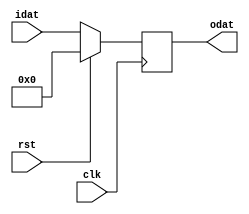
//////////////////////////////////////////////////////////////////////////////////
//
//  Hung's Technologies
//
// Description     : variable size flip flop
//
// History (Date, Changed By)
// Thu Aug 09 11:21:02 2018, NGUYEN@WIN-1B3KG57AJQF change to sync ffx
//
//////////////////////////////////////////////////////////////////////////////////
module fflopx
    (
     clk,
     rst,
     idat,
     odat
     );

parameter WIDTH = 8;
parameter RESET_VALUE = {WIDTH{1'b0}};

input   clk, rst;

input  [WIDTH-1:0] idat;

output [WIDTH-1:0] odat;
reg    [WIDTH-1:0] odat;

always @ (posedge clk)
    begin
    if(rst) odat <= RESET_VALUE;
    else odat <= idat;
    end

endmodule